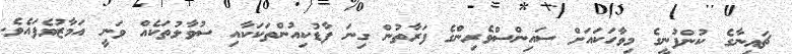
ޗައިނާގެ ކުންފުނީގެ މިވާހަކައަށް ސައިންސްވެރިންގެ ފަރާތުުން ގިނަ ފާޑުކިއުންތަކަކާއި ސުވާލުތަކެއް ވަނީ އަމާޒުވެފައެވެ.